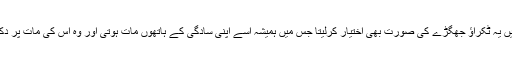
اکثر گھر میں یہ ٹکراؤ جھگڑے کی صورت بھی اختیار کرلیتا جس میں ہمیشہ اسے اپنی سادگی کے ہاتھوں مات ہوتی اور وہ اس کی مات پر دکھی ہوجاتی۔